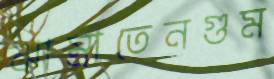
ঝাম্‌রাতেনগুম